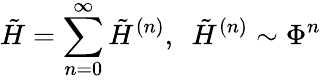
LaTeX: \tilde{H}=\sum_{n=0}^{\infty}\tilde{H}^{(n)},~~\tilde{H}^{(n)}\sim\Phi^{n}